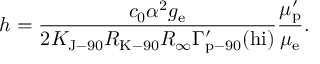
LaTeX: h = { \frac { c _ { 0 } \alpha ^ { 2 } g _ { \mathrm { { e } } } } { 2 K _ { \mathrm { { J - 9 0 } } } R _ { \mathrm { { K - 9 0 } } } R _ { \infty } \Gamma _ { \mathrm { { p - 9 0 } } } ^ { \prime } ( \mathrm { { h i } } ) } } { \frac { \mu _ { \mathrm { { p } } } ^ { \prime } } { \mu _ { \mathrm { { e } } } } } .